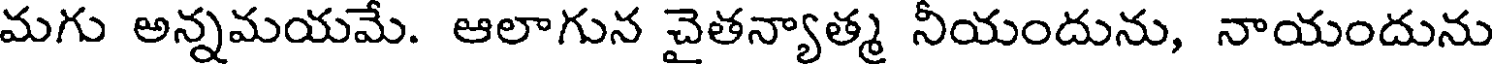
మగు అన్నమయమే. ఆలాగున చైతన్యాత్మ నీయందును, నాయందును